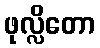
ဖုလ္လိတော